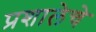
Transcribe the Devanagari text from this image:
प्रशालेचे